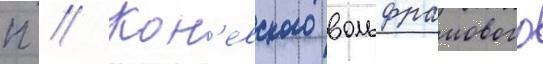
п // Кон'евского вольфрамового